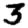
Digit: 3